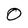
Character: 0